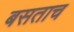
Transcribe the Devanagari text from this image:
बसताच